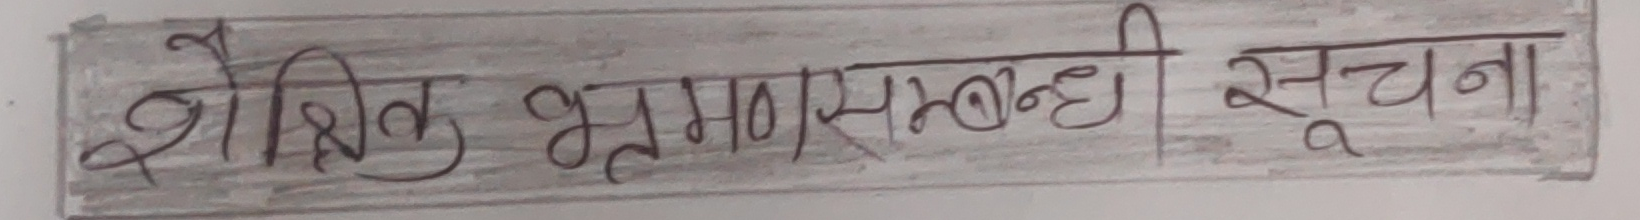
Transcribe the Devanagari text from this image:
शैक्षिक भ्रमणसम्बन्धी सूचना